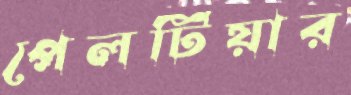
পেলটিয়ার